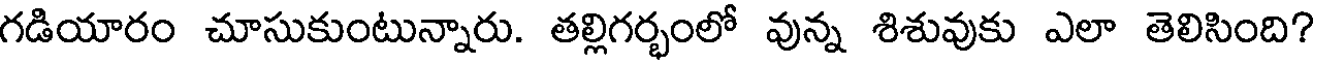
గడియారం చూసుకుంటున్నారు. తల్లిగర్భంలో వున్న శిశువుకు ఎలా తెలిసింది?